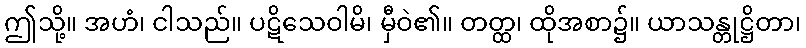
ဤသို့။ အဟံ၊ ငါသည်။ ပဋိသေဝါမိ၊ မှီဝဲ၏။ တတ္ထ၊ ထိုအစာ၌။ ယာသန္တုဋ္ဌိတာ၊